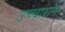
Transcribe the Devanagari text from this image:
उच्चाराण